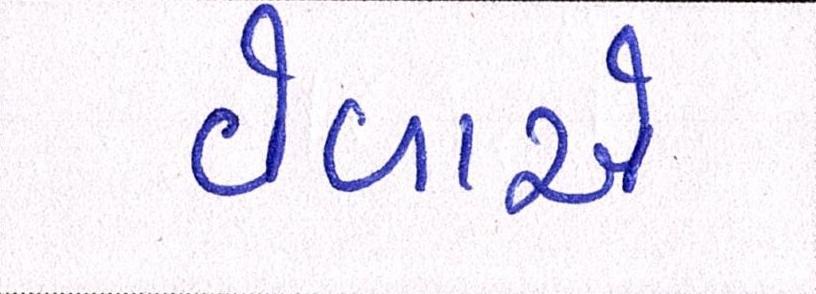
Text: વેળાએ